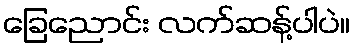
ခြေညောင်း လက်ဆန့်ပါပဲ။